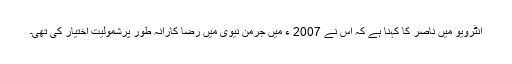
انٹرویو میں ناصر کا کہنا ہے کہ اس نے 2007 ء میں جرمن نیوی میں رضا کارانہ طور پرشمولیت اختیار کی تھی۔